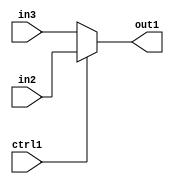
`timescale 1ps / 1ps
/*****************************************************************************
    Verilog RTL Description
    
    
    Created by: Stratus DpOpt 2019.1.01 
*******************************************************************************/

module dut_N_Mux_3_2_1_4 (
	in3,
	in2,
	ctrl1,
	out1
	); /* architecture "behavioural" */ 
input [2:0] in3,
	in2;
input  ctrl1;
output [2:0] out1;
wire [2:0] asc001;

reg [2:0] asc001_tmp_0;
assign asc001 = asc001_tmp_0;
always @ (ctrl1 or in2 or in3) begin
	case (ctrl1)
		1'B1 : asc001_tmp_0 = in2 ;
		default : asc001_tmp_0 = in3 ;
	endcase
end

assign out1 = asc001;
endmodule

/* CADENCE  uLX2TA4= : u9/ySgnWtBlWxVPRXgAZ4Og= ** DO NOT EDIT THIS LINE ******/